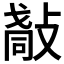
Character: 𢿀